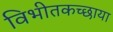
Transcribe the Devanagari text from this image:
विभीतकच्छाया